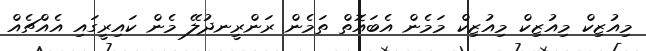
މިއުޒިކް މިއުޒިކް މިއުޒިކް މަމެން އެބައޮތް ތަމެން ރަންރީނދުލޭ މެން ކައިރީގައި އެއްޗެއް